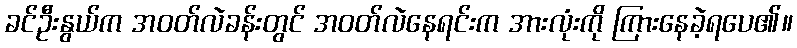
ခင်ဦးနွယ်က အဝတ်လဲခန်းတွင် အဝတ်လဲနေရင်းက အားလုံးကို ကြားနေခဲ့ရပေ၏။